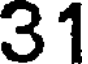
31